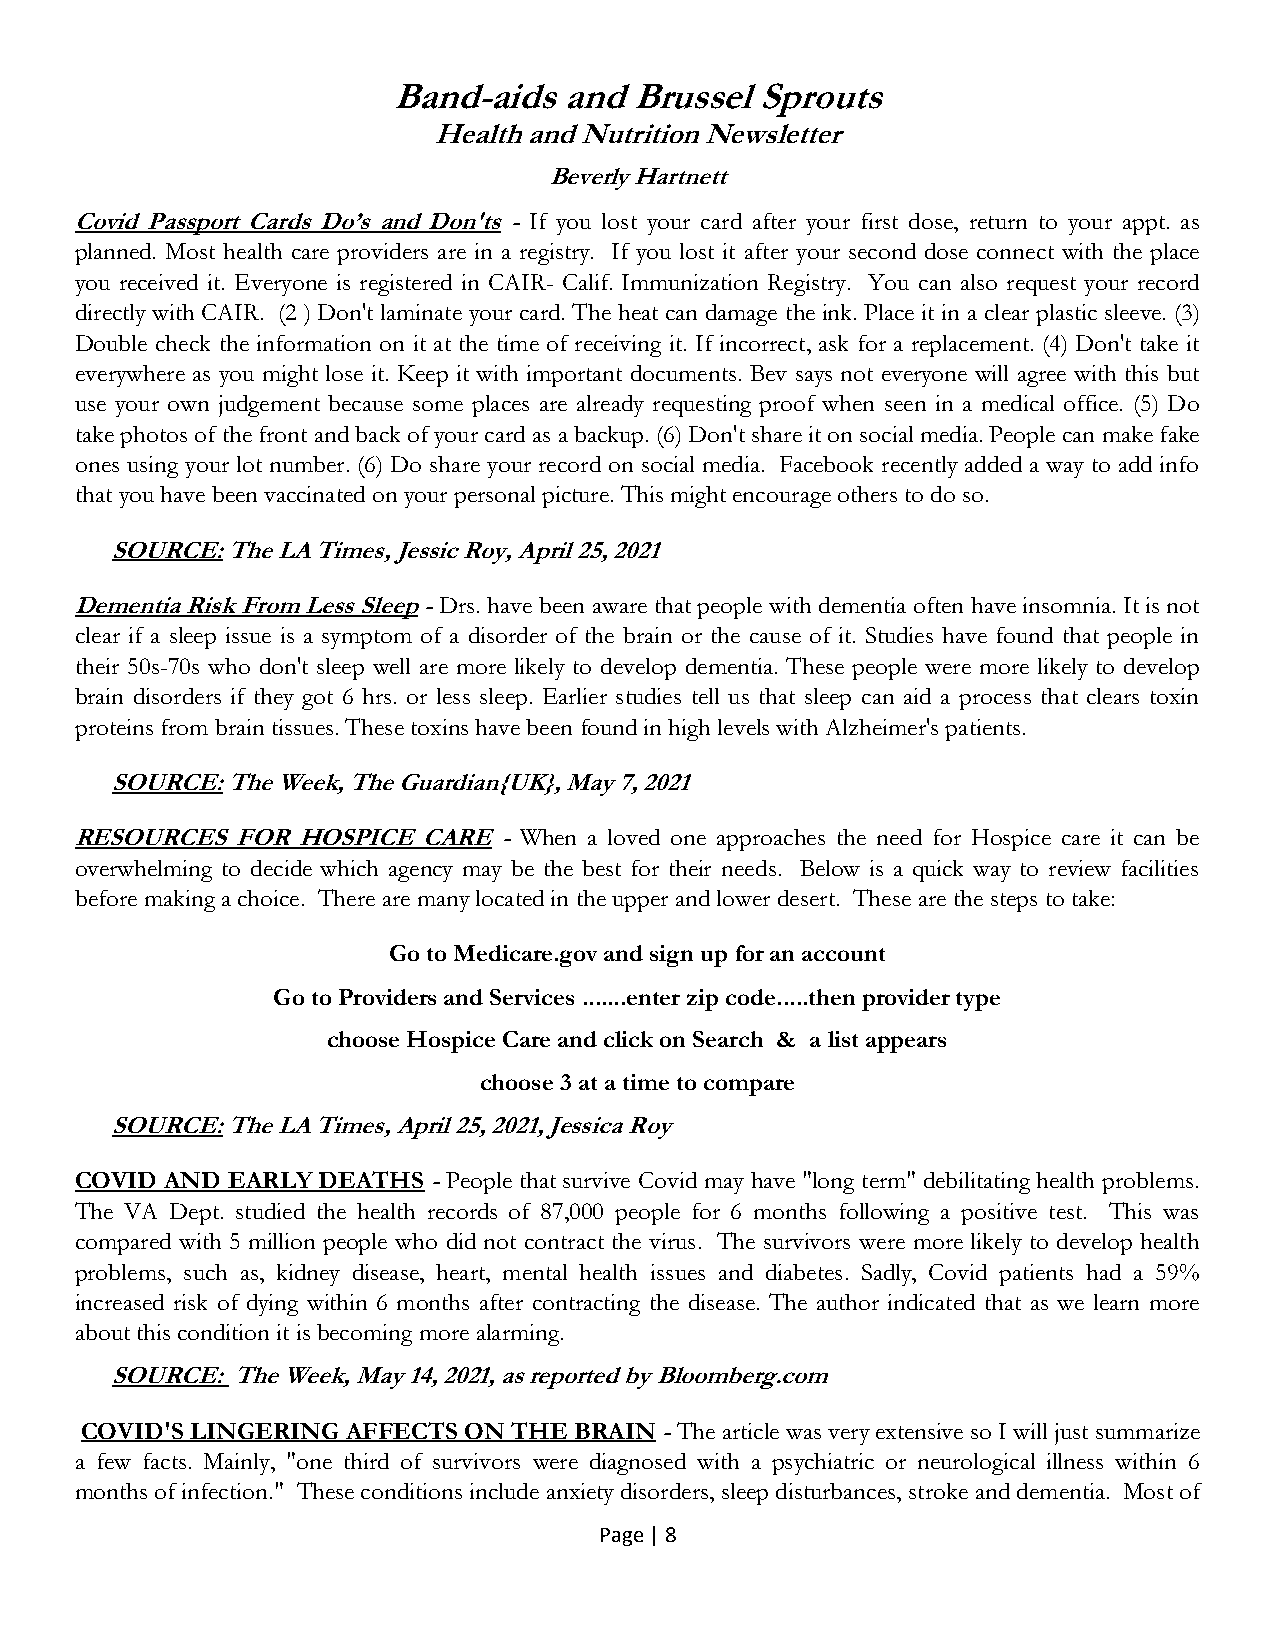
Band-aids  and  Brussel Sprouts
 Health and Nutrition Newsletter
 Beverly Hartnett
 Covid Passport Cards Do’s and Don'ts - If you lost your card after your first dose, return to your appt. as
 planned. Most health care providers are in a registry. If you lost it after your second dose connect with the place
 you received it. Everyone is registered in CAIR- Calif. Immunization Registry. You can also request your record
 directly with CAIR. (2 ) Don't laminate your card. The heat can damage the ink. Place it in a clear plastic sleeve. (3)
 Double check the information on it at the time of receiving it. If incorrect, ask for a replacement. (4) Don't take it
 everywhere as you might lose it. Keep it with important documents. Bev says not everyone will agree with this but
 use your own judgement because some places are already requesting proof when seen in a medical office. (5) Do
 take photos of the front and back of your card as a backup. (6) Don't share it on social media. People can make fake
 ones using your lot number. (6) Do share your record on social media. Facebook recently added a way to add info
 that you have been vaccinated on your personal picture. This might encourage others to do so.
 SOURCE: The LA Times, Jessic Roy, April 25, 2021
 Dementia Risk From Less Sleep - Drs. have been aware that people with dementia often have insomnia. It is not
 clear if a sleep issue is a symptom of a disorder of the brain or the cause of it. Studies have found that people in
 their 50s-70s who don't sleep well are more likely to develop dementia. These people were more likely to develop
 brain disorders if they got 6 hrs. or less sleep. Earlier studies tell us that sleep can aid a process that clears toxin
 proteins from brain tissues. These toxins have been found in high levels with Alzheimer's patients.
 SOURCE: The Week, The Guardian{UK}, May 7, 2021
 RESOURCES  FOR HOSPICE CARE - When a loved one approaches the need for Hospice care it can be
 overwhelming to decide which agency may be the best for their needs. Below is a quick way to review facilities
 before making a choice. There are many located in the upper and lower desert. These are the steps to take:
 Go to Medicare.gov and sign up for an account
 Go to Providers and Services .......enter zip code.....then provider type
 choose Hospice Care and click on Search & a list appears
 choose 3 at a time to compare
 SOURCE: The LA Times, April 25, 2021, Jessica Roy
 COVID AND EARLY DEATHS - People that survive Covid may have "long term" debilitating health problems.
 The VA Dept. studied the health records of 87,000 people for 6 months following a positive test. This was
 compared with 5 million people who did not contract the virus. The survivors were more likely to develop health
 problems, such as, kidney disease, heart, mental health issues and diabetes. Sadly, Covid patients had a 59%
 increased risk of dying within 6 months after contracting the disease. The author indicated that as we learn more
 about this condition it is becoming more alarming.
 SOURCE: The Week, May 14, 2021, as reported by Bloomberg.com
 COVID'S LINGERING AFFECTS ON THE BRAIN - The article was very extensive so I will just summarize
 a few facts. Mainly, "one third of survivors were diagnosed with a psychiatric or neurological illness within 6
 months of infection." These conditions include anxiety disorders, sleep disturbances, stroke and dementia. Most of
 Page | 8